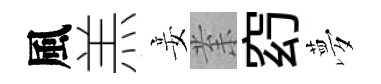
風羔妾𭪙𥥆夢